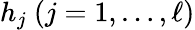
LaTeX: h_{j}\ (j=1,\ldots,\ell)